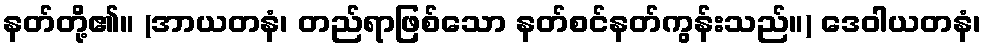
နတ်တို့၏။ (အာယတနံ၊ တည်ရာဖြစ်သော နတ်စင်နတ်ကွန်းသည်။) ဒေဝါယတနံ၊